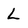
Character: L